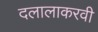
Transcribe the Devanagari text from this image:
दलालाकरवी